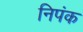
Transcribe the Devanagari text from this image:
निपंक